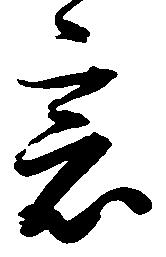
意